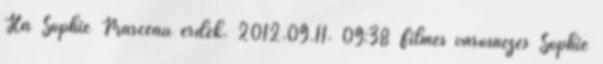
Ha Sophie Marceau érdek. 2012.09.11. 09:38 Filmes városnézés Sophie